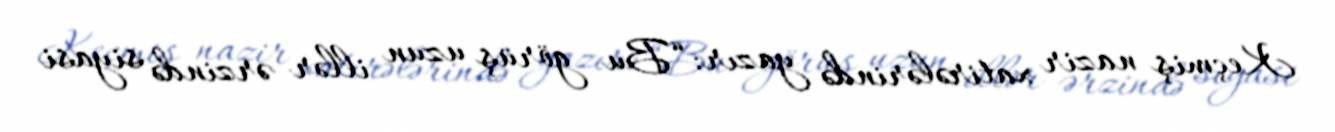
Keçmiş nazir xatirələrində yazır: “Bu görüş uzun illər ərzində siyasi